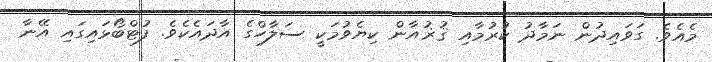
މެއެވެ. ގަވައިދުން ނަމާދު ކުރުމާއި ޤުޜުއާން ކިޔެވުމަކީ ސަލާހްގެ އާދައެކެވެ. ފުޓްބޯޅައިގައި އޭނާ